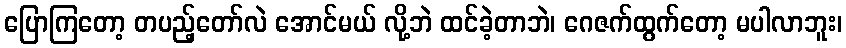
ပြောကြတော့ တပည့်တော်လဲ အောင်မယ် လို့ဘဲ ထင်ခဲ့တာဘဲ၊ ဂေဇက်ထွက်တော့ မပါလာဘူး၊